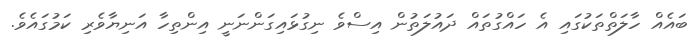
ބައެއް ހާލަތްތަކުގައި އެ ހައްގުތައް ދައުލަތުން އިސްވެ ނިގުޅައިގަންނަނީ އިންތިހާ އަނިޔާވެރި ކަމުގައެވެ.